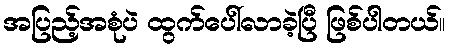
အပြည့်အစုံပဲ ထွက်ပေါ်လာခဲ့ပြီ ဖြစ်ပါတယ်။